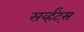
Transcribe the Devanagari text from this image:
सर्व्हंट्स